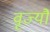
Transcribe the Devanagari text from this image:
वृज्यौ